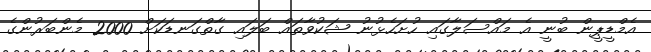
އެމްޑީޕީން ބުނީ އެ މައްސަލާގައި ހުށަހެޅުނު ޝަކުވާތައް ބަލައި ގާތްގަނޑަކަށް 2000 މެންބަރުންގެ